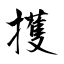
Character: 擭